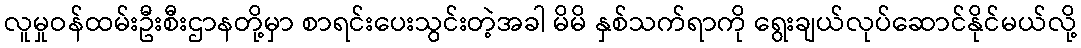
လူမှုဝန်ထမ်းဦးစီးဌာနတို့မှာ စာရင်းပေးသွင်းတဲ့အခါ မိမိ နှစ်သက်ရာကို ရွေးချယ်လုပ်ဆောင်နိုင်မယ်လို့